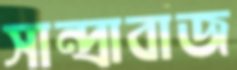
সান্দ্রাবাজ